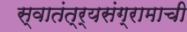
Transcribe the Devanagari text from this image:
स्वातंत्र्यसंग्रामाची